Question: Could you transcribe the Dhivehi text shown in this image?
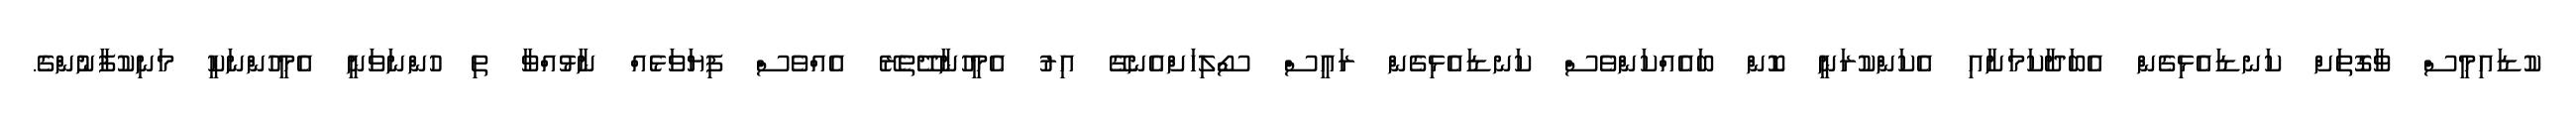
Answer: ކުޑައިމީސް ވާގޮތަށް ކަނޑައެޅިގެން އެބަދާކަމަށާއި އެކަންކުރަނީ ކޮން ބައެއްކަންވެސް ކަނޑައެޅިގެން ރައީސް ސޯލިހަށްއެނގޭ އިރު އެމީހުނާދޭތެރޭ އެއްވެސް ފިޔަވަޅެއް ނާޅުއްވާ ތި ހުންނަވަނީ އެމީހުންނަކީ މަނިކުފާނުންގެ.